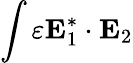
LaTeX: \int\varepsilon\mathbf{E}_{1}^{*}\cdot\mathbf{E}_{2}